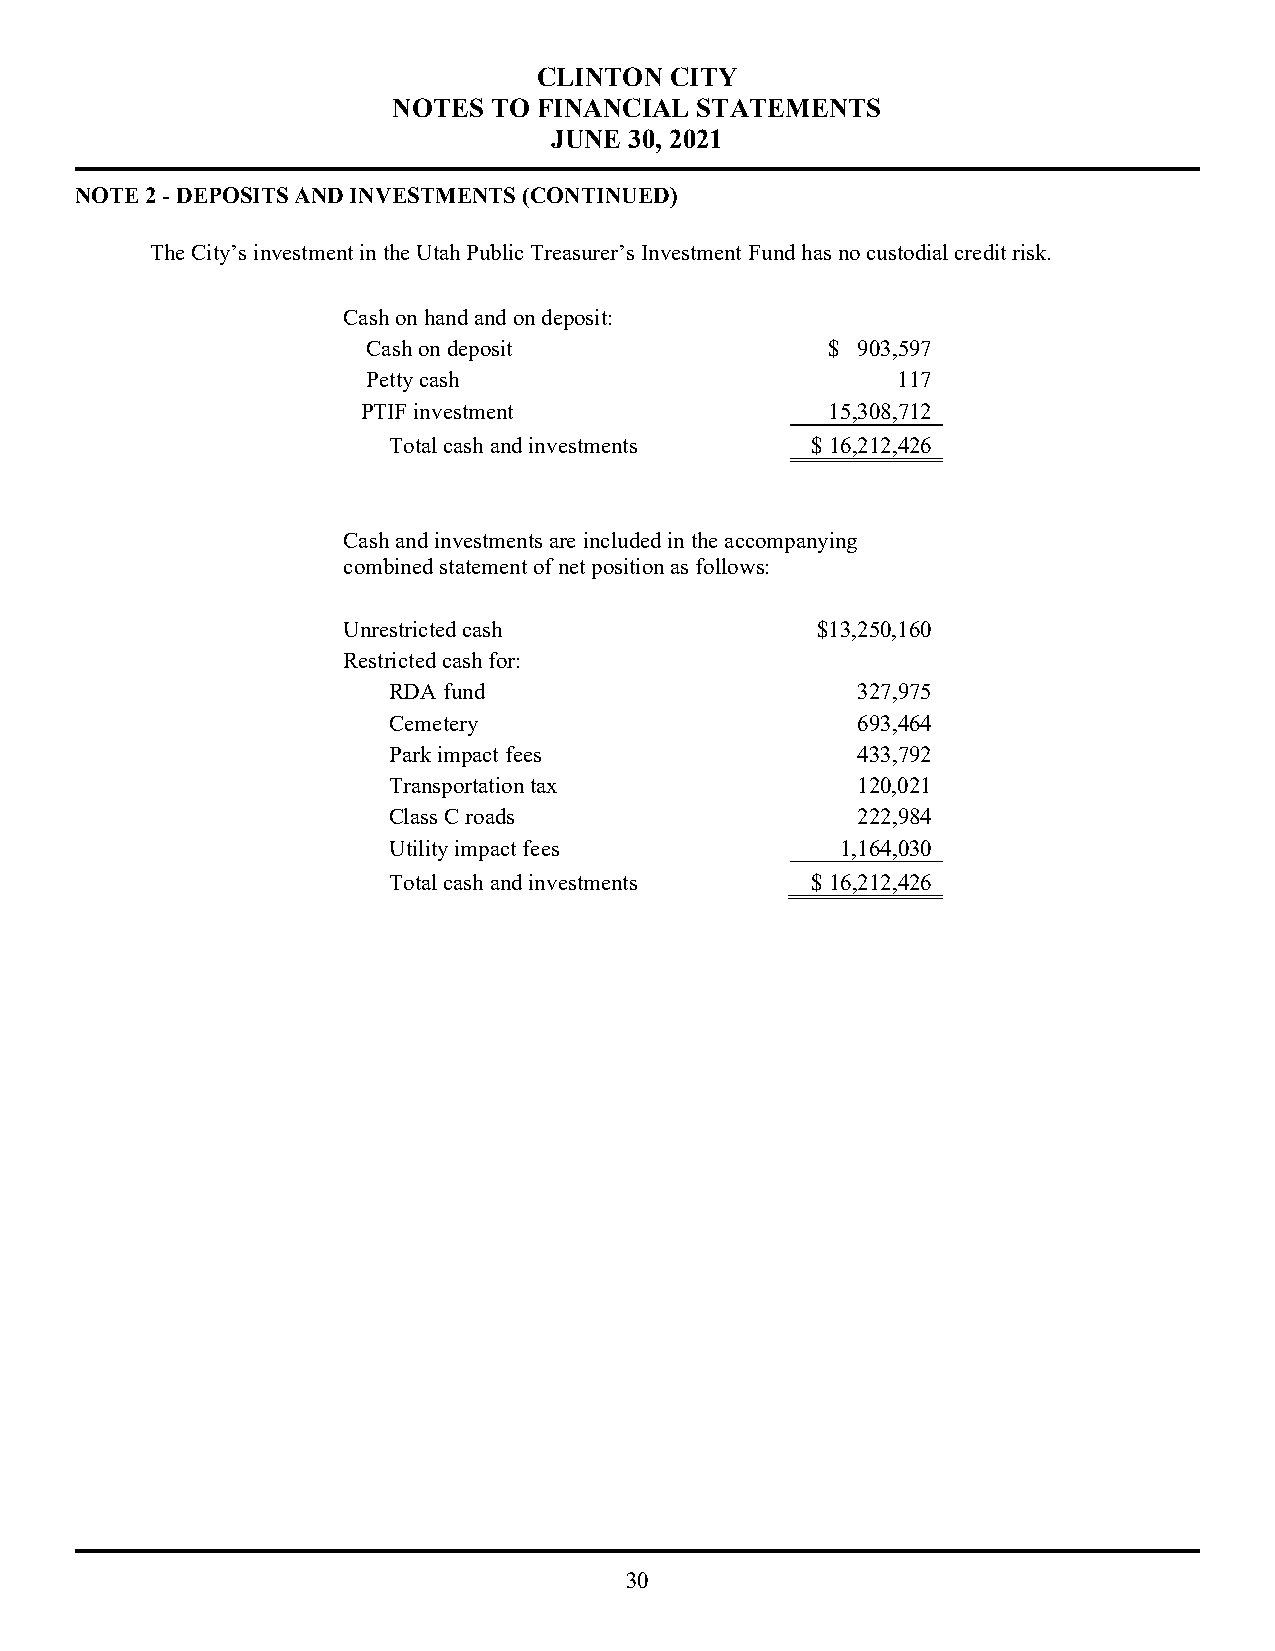
CLINTON CITY
 NOTES TO  FINANCIAL STATEMENTS
 JUNE  30, 2021
 NOTE 2 - DEPOSITS AND INVESTMENTS (CONTINUED)
 The City’s investment in the Utah Public Treasurer’s Investment Fund has no custodial credit risk.
 Cash on hand and on deposit:
 Cash on deposit                $ 903,597
 Petty cash                         117
 PTIF investment                15,308,712
 Total cash and investments  $ 16,212,426
 Cash and investments are included in the accompanying
 combined statement of net position as follows:
 Unrestricted cash              $13,250,160
 Restricted cash for:
 RDA fund                       327,975
 Cemetery                       693,464
 Park impact fees               433,792
 Transportation tax             120,021
 Class C roads                  222,984
 Utility impact fees           1,164,030
 Total cash and investments  $ 16,212,426
 30